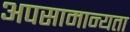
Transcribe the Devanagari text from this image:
अपसामान्यता